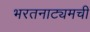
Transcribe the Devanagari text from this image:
भरतनाट्यमची